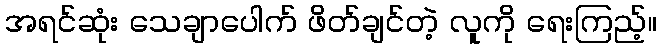
အရင်ဆုံး သေချာပေါက် ဖိတ်ချင်တဲ့ လူကို ရေးကြည့်။